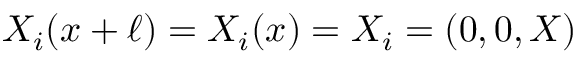
X _ { i } ( x + \ell ) = X _ { i } ( x ) = X _ { i } = ( 0 , 0 , X )